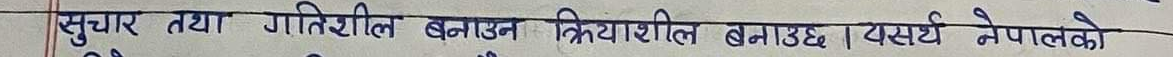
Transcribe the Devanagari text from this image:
सुचारु तथा गतिशिल बनाउन क्रियाशिल बनाउछ | यसर्थ नेपालको